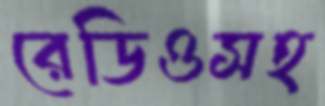
রেডিওসহ